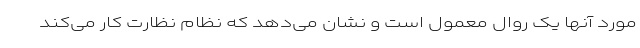
مورد آنها یک روال معمول است و نشان می‌دهد که نظام نظارت کار می‌کند